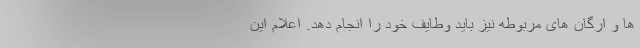
ها و ارگان های مربوطه نیز باید وطایف خود را انجام دهد. اعلام این